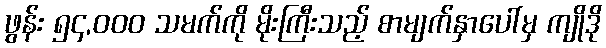
ဖွန်း ၅၄,၀၀၀ သမက်ကို မိုးကြီးသည့် စာမျက်နှာပေါ်မှ ကျိုဒို